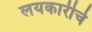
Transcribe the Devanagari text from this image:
लयकारीचे